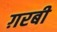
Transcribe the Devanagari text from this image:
ग़रबी